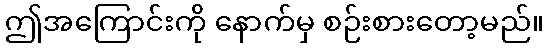
ဤအကြောင်းကို နောက်မှ စဉ်းစားတော့မည်။